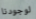
لوجودنا